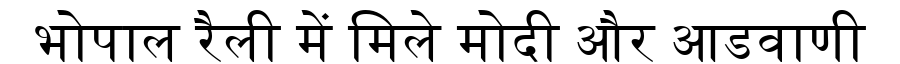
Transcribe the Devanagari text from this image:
भोपाल रैली में मिले मोदी और आडवाणी